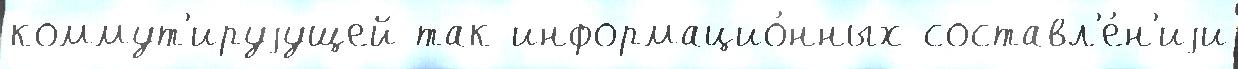
коммут'ируjущей так информацио́нных составл'е́н'иjи